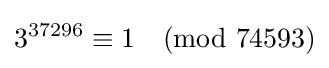
3^{37296}\equiv 1{\pmod {74593}}